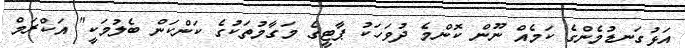
އަޅުގަނޑުމެންގެ ކަމެއް ނޫން ކޮންމެ ދުވަހަކު ޕާޓީގެ މަގާމުތަކުގެ ކަންކަން ބެލުމަކީ" އަކްރަމް